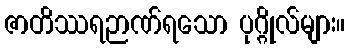
ဇာတိဿရဉာဏ်ရသော ပုဂ္ဂိုလ်များ။